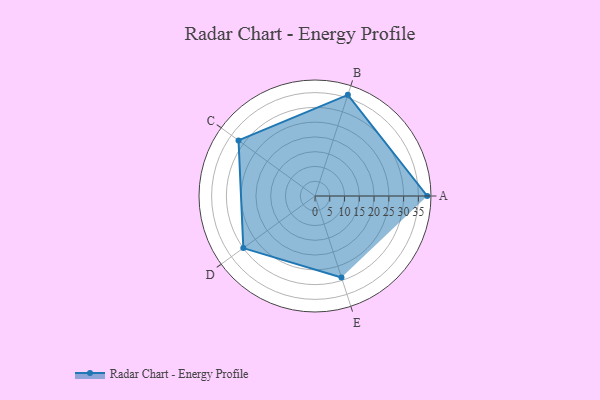
{"axis": {"x": "Skill", "y": "Score"}, "legend": ["Profile"], "data": [{"x": "A", "y": 38.0, "type": "Profile"}, {"x": "B", "y": 36.0, "type": "Profile"}, {"x": "C", "y": 32.0, "type": "Profile"}, {"x": "D", "y": 30.0, "type": "Profile"}, {"x": "E", "y": 29.0, "type": "Profile"}]}